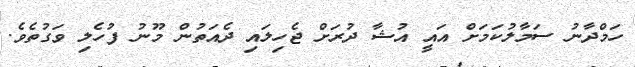
ހަމްދާނު ސަމާލުކަމަށް އައީ އުޝާ ދުރަށް ޖެހިލައި ދެއަތުން މޫނު ފުހެލި ވަގުތެވެ.